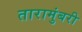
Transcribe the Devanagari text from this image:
तारामुंबरी